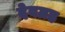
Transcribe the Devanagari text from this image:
देवग्रह